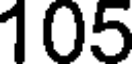
105